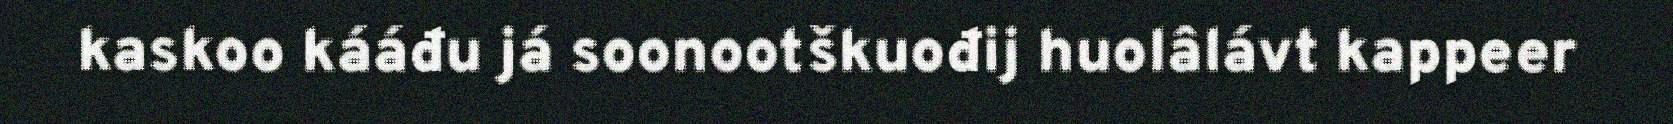
kaskoo kááđu já soonootškuođij huolâlávt kappeer